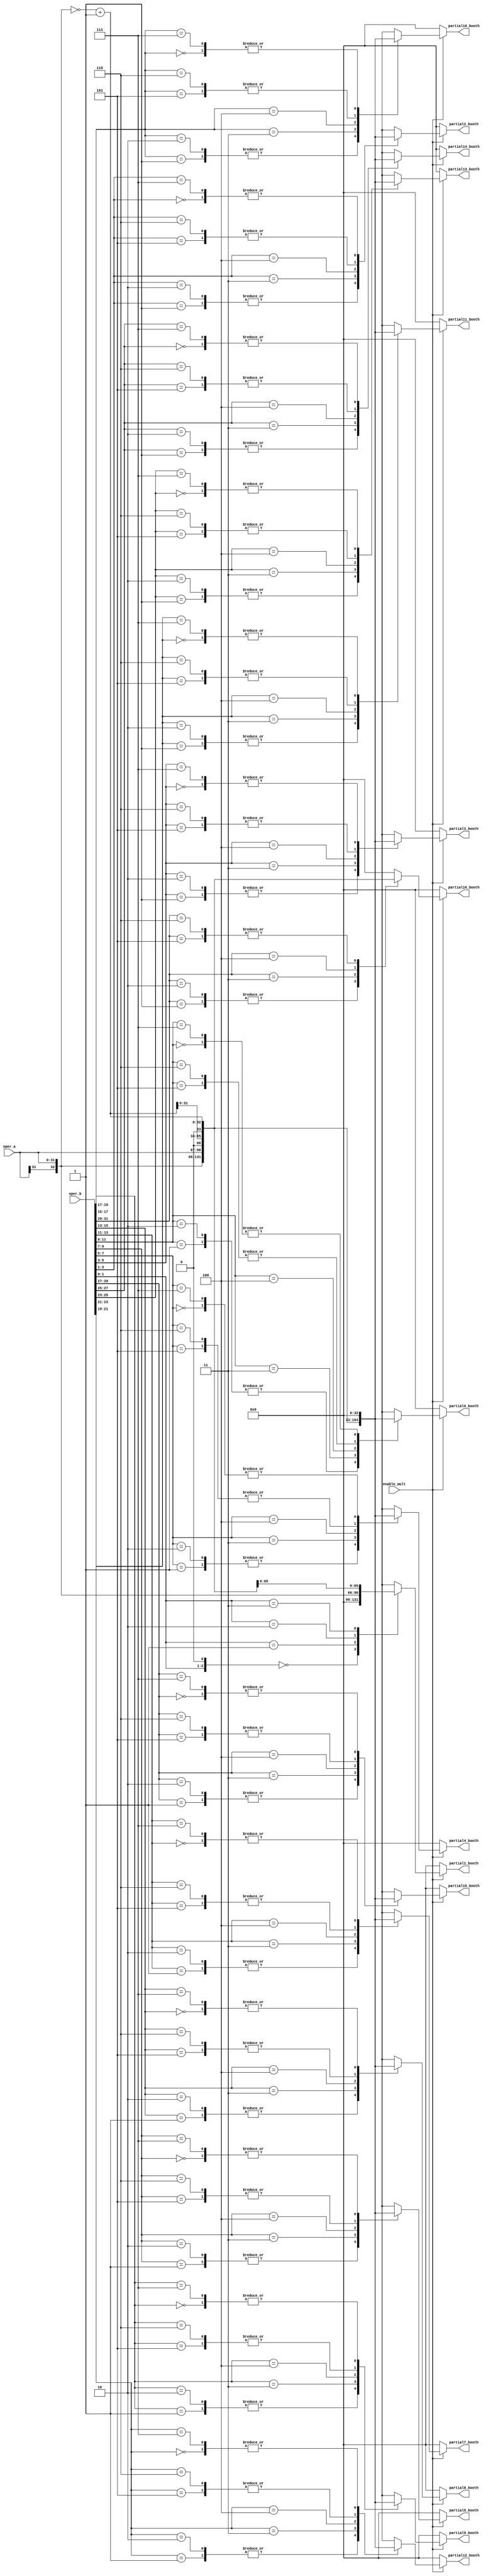
module booth #(parameter length=32)(
  input wire signed [length-1:0] oper_a,  // input a
  input wire signed [length-1:0] oper_b,  // input b
  input wire enable_mult,
  output reg signed [length:0] partial1_booth, partial2_booth, partial3_booth, partial4_booth,
  output reg signed [length:0] partial5_booth, partial6_booth, partial7_booth, partial8_booth,   
  output reg signed [length:0] partial9_booth, partial10_booth, partial11_booth, partial12_booth,
  output reg signed [length:0] partial13_booth, partial14_booth, partial15_booth, partial16_booth  // partial product (every 2 bits * oper_a) produces 33_bit
);
  
  wire [length:0] pos, neg, pos2, neg2, condition;
  
  assign pos = {oper_a[length-1], oper_a};       // positive number by adding 0_bit to MSB  (1*multiplication in input a)
  assign neg = ~{oper_a[length-1], oper_a} + 1;  // 2's complement (-ve number)  (-1*multiplication in input a)
  assign pos2 = {pos[length-1:0], 1'b0};     // multiplication by 2   (2 * multiplication in input a)
  assign neg2 = {neg[length-1:0], 1'b0};     // multiplication by 2   (-2 * multiplication in input a)
  assign condition = {oper_b, 1'b0};        //// put oper b in 33bit to apply radix 4 on it 
  
  reg [length:0] booth_o;  // booth output
  reg [2:0] b;       //////////radix4 bits (takes 3-bits from oper_b then * oper_b) produces 33_bit relative to a given truth table
  
  integer i;
   
  always @(*)
  begin
     partial1_booth = 'b0; // initial to zero
     partial2_booth = 'b0;
     partial3_booth = 'b0;
     partial4_booth = 'b0;
     partial5_booth = 'b0;
     partial6_booth = 'b0;  
     partial7_booth = 'b0;  
     partial8_booth = 'b0;
     partial9_booth = 'b0;
     partial10_booth = 'b0;
     partial11_booth = 'b0;
     partial12_booth = 'b0;
     partial13_booth = 'b0;
     partial14_booth = 'b0;
     partial15_booth = 'b0;
     partial16_booth = 'b0;
     
        if(enable_mult)        // check multiplication operation         
       begin
    for (i = 1; i < 32; i = i + 2)
    begin
      b = {condition[i+1], condition[i], condition[i-1]};     /// radix4 bits
      case (b)
        'b000: booth_o = 0;           // 000 --->  0 * oper_a
        'b001: booth_o = pos;         // 001 --->  1 * oper_a
        'b010: booth_o = pos;         // 010 --->  1 * oper_a
        'b011: booth_o = pos2;        // 011 --->  2 * oper_a
        'b100: booth_o = neg2;        // 100 --->  -2 * oper_a
        'b101: booth_o = neg;         // 101 --->  -1 * oper_a
        'b110: booth_o = neg;         // 110 --->  -1 * oper_a
        'b111: booth_o = 0;           // 111 --->  -0 * oper_a
        default: booth_o = 0;
      endcase 
      case (i)                // Assign booth_o to  make partial product register
        1: partial1_booth = booth_o;
        3: partial2_booth = booth_o;
        5: partial3_booth = booth_o;
        7: partial4_booth = booth_o;
        9: partial5_booth = booth_o;
        11: partial6_booth = booth_o;
        13: partial7_booth = booth_o;
        15: partial8_booth = booth_o;
        17: partial9_booth = booth_o;
        19: partial10_booth = booth_o;       
        21: partial11_booth = booth_o;
        23: partial12_booth = booth_o;
        25: partial13_booth = booth_o;
        27: partial14_booth = booth_o;
        29: partial15_booth = booth_o;
        31: partial16_booth = booth_o; 
        default: partial1_booth = 'b0;
      endcase
    end
  end
  else
    begin
     partial1_booth = 'b0;
     partial2_booth = 'b0;
     partial3_booth = 'b0;
     partial4_booth = 'b0;
     partial5_booth = 'b0;
     partial6_booth = 'b0;  
     partial7_booth = 'b0;  
     partial8_booth = 'b0;
     partial9_booth = 'b0;
     partial10_booth = 'b0;
     partial11_booth = 'b0;
     partial12_booth = 'b0;
     partial13_booth = 'b0;
     partial14_booth = 'b0;
     partial15_booth = 'b0;
     partial16_booth = 'b0;
     end
     end
endmodule